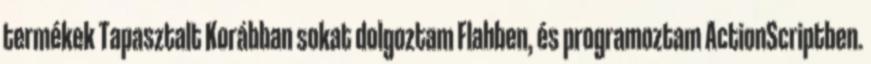
termékek Tapasztalt Korábban sokat dolgoztam Flahben, és programoztam ActionScriptben.